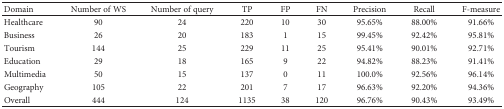
| Domain | Number of WS | Number of query | TP | FP | FN | Precision | Recall | F-measure |
 | --- | --- | --- | --- | --- | --- | --- | --- | --- |
 | Healthcare | 90 | 24 | 220 | 10 | 30 | 95.65% | 88.00% | 91.66% |
 | Business | 26 | 20 | 183 | 1 | 15 | 99.45% | 92.42% | 95.81% |
 | Tourism | 144 | 25 | 229 | 11 | 25 | 95.41% | 90.01% | 92.71% |
 | Education | 29 | 18 | 165 | 9 | 22 | 94.82% | 88.23% | 91.41% |
 | Multimedia | 50 | 15 | 137 | 0 | 11 | 100.0% | 92.56% | 96.14% |
 | Geography | 105 | 22 | 201 | 7 | 17 | 96.63% | 92.20% | 94.36% |
 | Overall | 444 | 124 | 1135 | 38 | 120 | 96.76% | 90.43% | 93.49% |